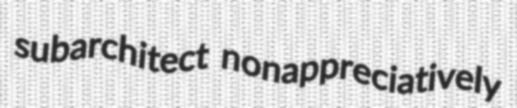
subarchitect nonappreciatively